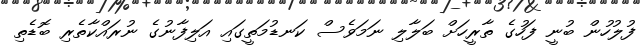
ފުލުހުން ބުނީ ފަހުގެ ތާރީހަށް ބަލާލި ނަމަވެސް ކަނޑުމަތީގައި އަލިފާނުގެ ނުރައްކާތެރި ބޮޑެތި